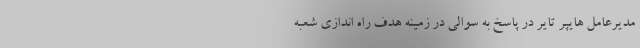
مدیرعامل هایپر تایر در پاسخ به سوالی در زمینه هدف راه اندازی شعبه